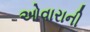
ઓવારાની